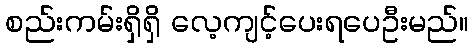
စည်းကမ်းရှိရှိ လေ့ကျင့်ပေးရပေဦးမည်။